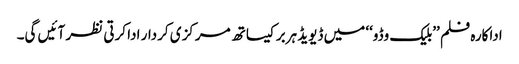
اداکارہ فلم ’’بلیک وڈو‘‘ میں ڈیویڈ ہربر کیساتھ مرکزی کردار ادا کرتی نظر آئیں گی۔